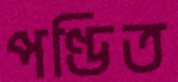
পণ্ডিত